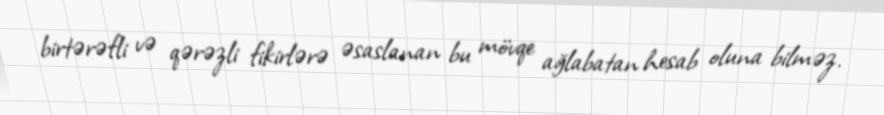
birtərəfli və qərəzli fikirlərə əsaslanan bu mövqe ağlabatan hesab oluna bilməz.